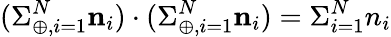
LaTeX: (\Sigma_{\oplus,i=1}^{N}{\mathbf n}_{i})\cdot(\Sigma_{\oplus,i=1}^{N}{\mathbf n}_{i})=\Sigma_{i=1}^{N}n_{i}